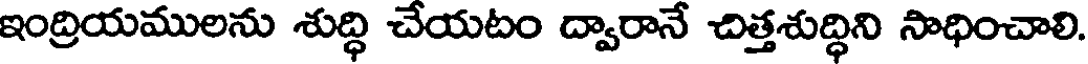
ఇంద్రియములను శుద్ధి చేయటం ద్వారానే చిత్తశుద్ధిని సాధించాలి.